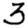
Digit: 3